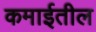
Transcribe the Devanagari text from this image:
कमाईतील